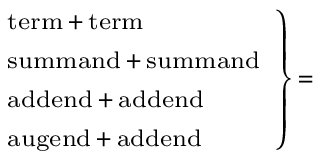
\scriptstyle \left. { \begin{array} { l } { \scriptstyle { \mathrm { t e r m } } \, + \, { \mathrm { t e r m } } } \\ { \scriptstyle { \mathrm { s u m m a n d } } \, + \, { \mathrm { s u m m a n d } } } \\ { \scriptstyle { \mathrm { a d d e n d } } \, + \, { \mathrm { a d d e n d } } } \\ { \scriptstyle { \mathrm { a u g e n d } } \, + \, { \mathrm { a d d e n d } } } \end{array} } \right\} \, =